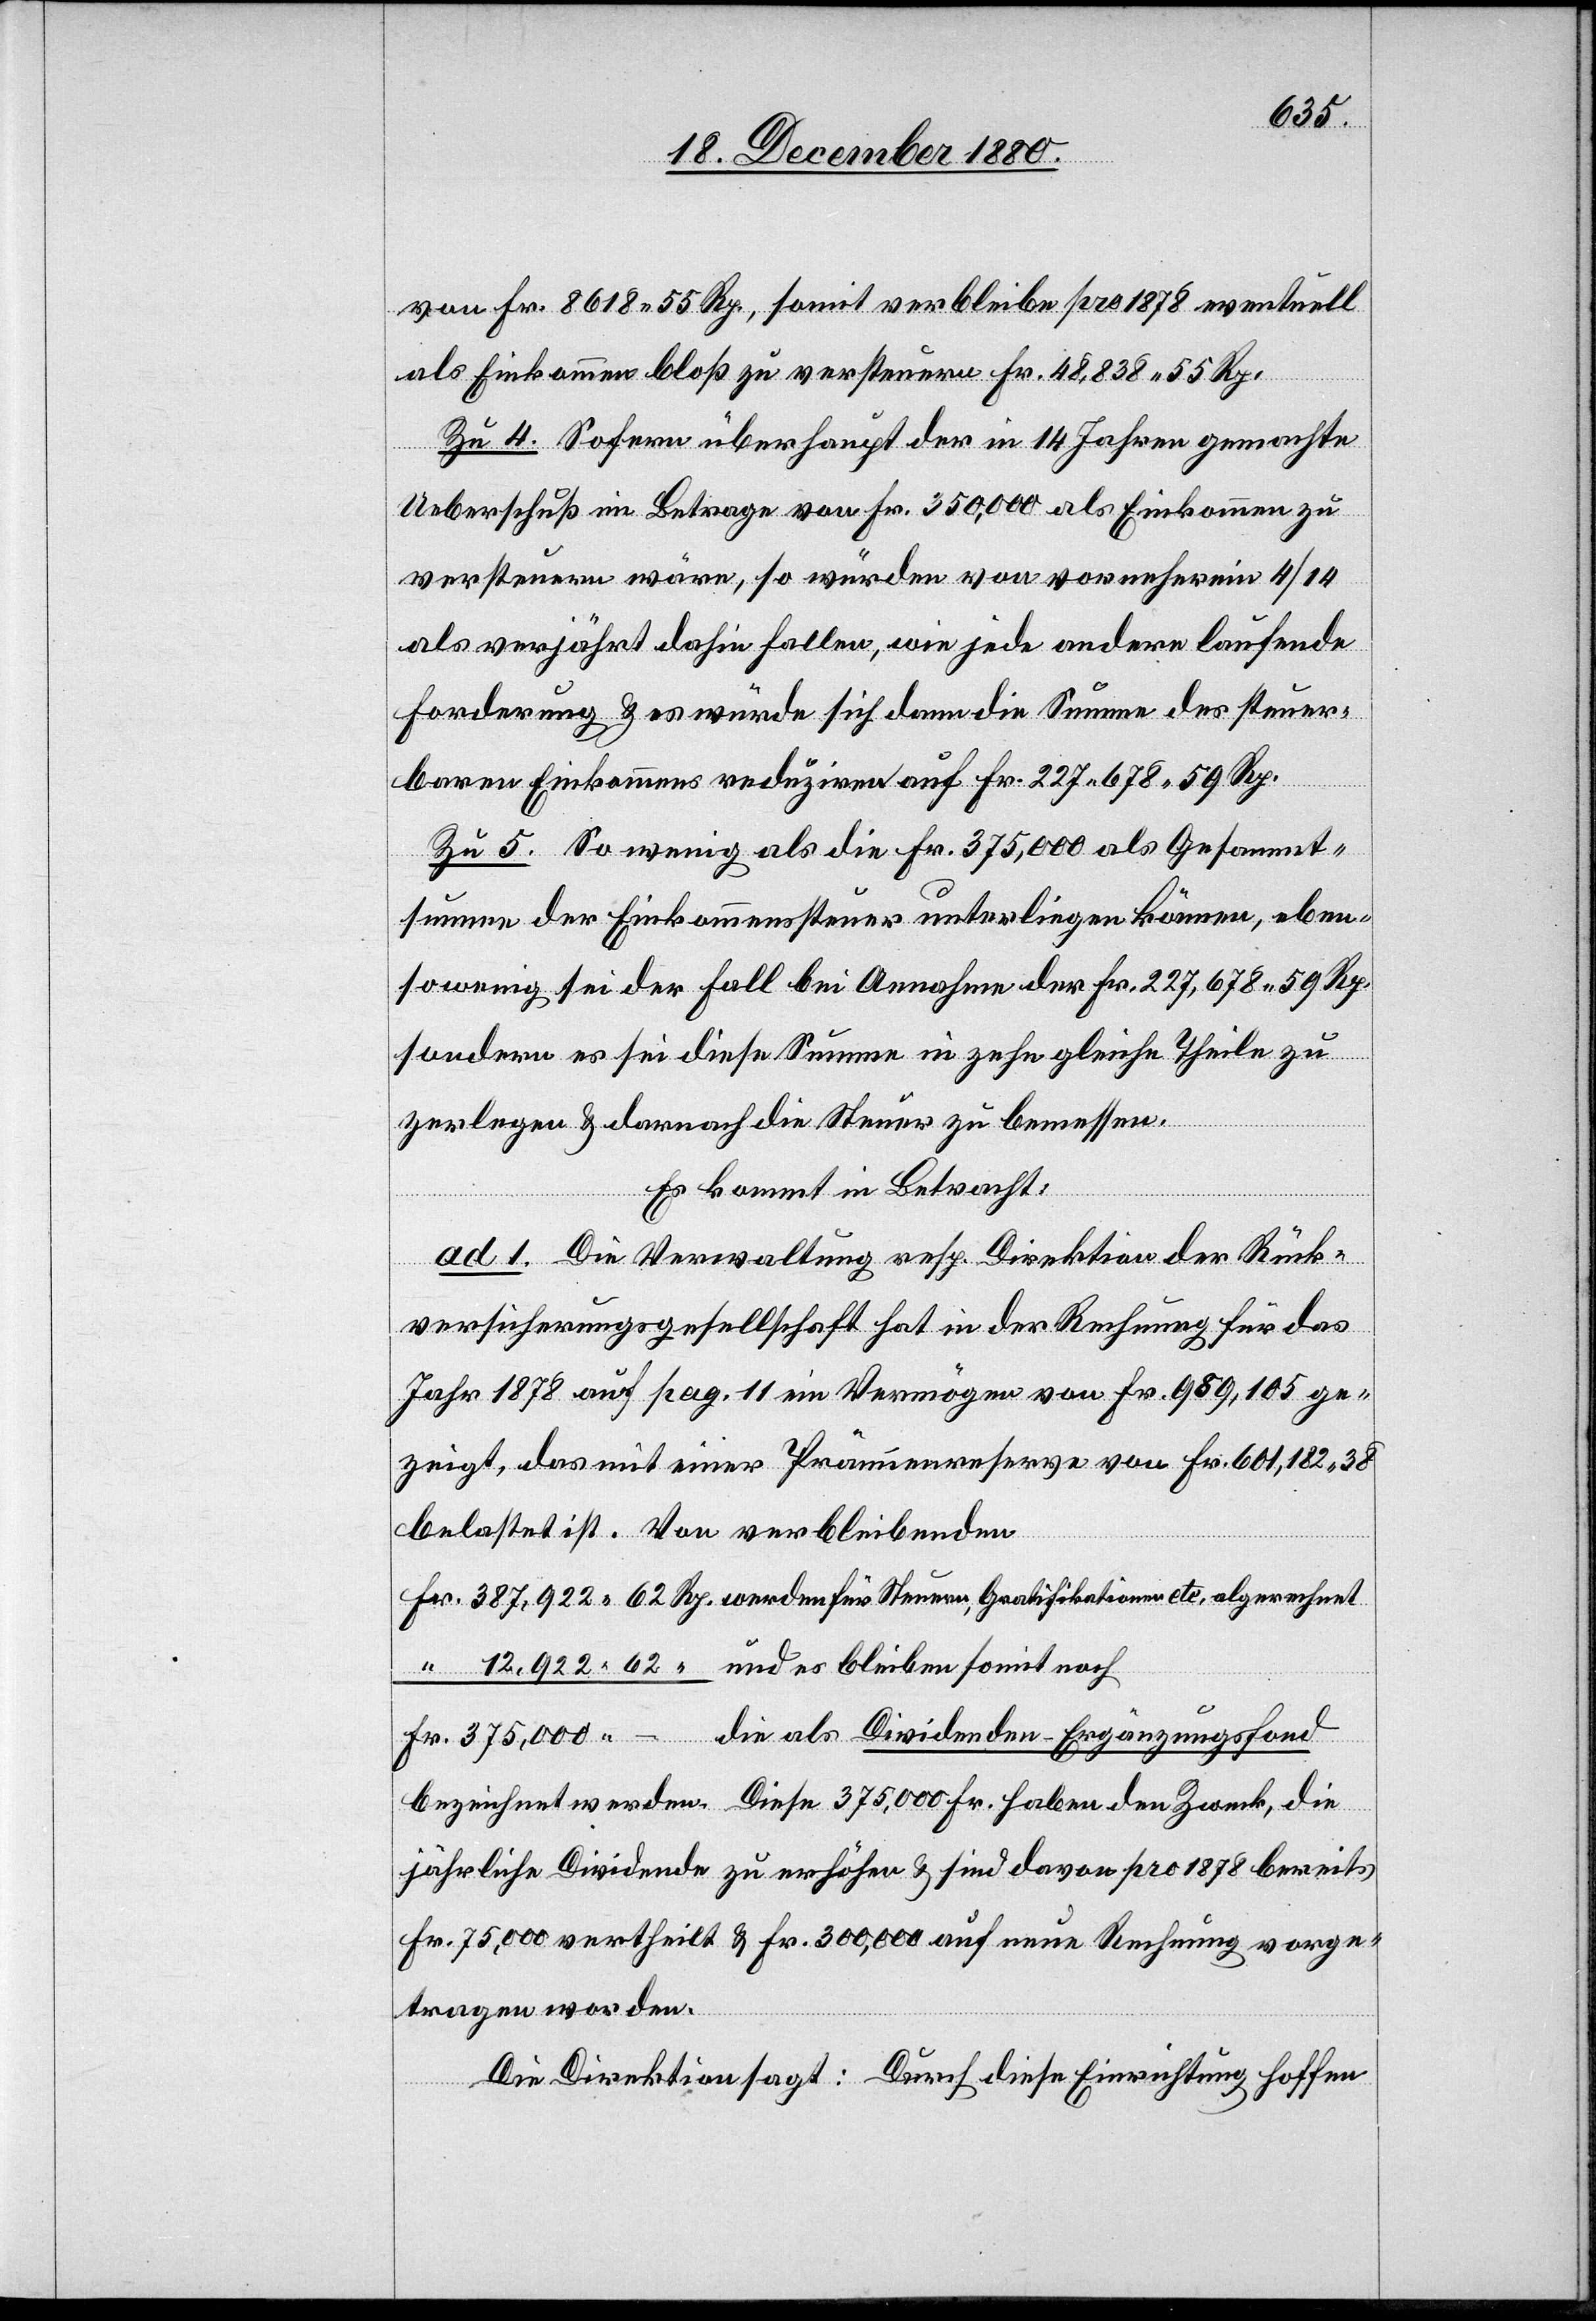
von Fr. 8618 55 Rp., somit verbleibe pro 1878 eventuell
als Einkommen bloß zu versteuern Fr. 48,838 55 Rp.
Fr.
Zu 4. Sofern überhaupt der in 14 Jahren gemachte
Ueberschuß im Betrage von Fr. 350,000 als Einkommen zu
versteuern wäre, so würden von vorneherein 4/14
als verjährt dahin fallen, wie jede andere laufende
Forderung & es würde sich dann die Summe des steuer¬
baren Einkommens reduziren auf Fr. 227 678 59 Rp.
Zu 5. So wenig als die Fr. 375,000 als Gesammt¬
summe der Einkommenssteuer unterliegen können, eben¬
sowenig sei der Fall bei Annahme der Fr. 227,678 59 Rp.
sondern es sei diese Summe in zehn gleiche Theile zu
zerlegen & darnach die Steuer zu bemessen.
Es kommt in Betracht:
ad 1. Die Verwaltung resp. Direktion der Rück¬
versicherungsgesellschaft hat in der Rechnung für das
Jahr 1878 auf pag. 11 ein Vermögen von Fr. 989,105 ge¬
zeigt, das mit einer Prämienreserve von Fr. 601,182 38
belastet ist. Von verbleibenden
die als Dividenden-Ergänzungsfond
bleiben
bezeichnet werden. Diese 375,000 Fr. haben den Zweck, die
jährliche Dividende zu erhöhen & sind davon pro 1878 bereits
Fr. 75,000 vertheilt & Fr. 300,000 auf neue Rechnung vorge¬
tragen worden.
Die Direktion sagt: Durch diese Einrichtung hoffen